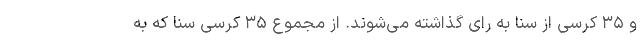
و ۳۵ کرسی از سنا به رای گذاشته می‌شوند. از مجموع ۳۵ کرسی سنا که به